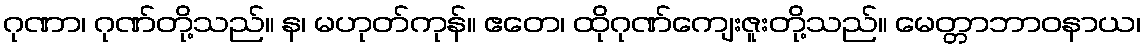
ဂုဏာ၊ ဂုဏ်တို့သည်။ န၊ မဟုတ်ကုန်။ ဧတေ၊ ထိုဂုဏ်ကျေးဇူးတို့သည်။ မေတ္တာဘာဝနာယ၊